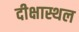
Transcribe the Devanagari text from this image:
दीक्षास्थल